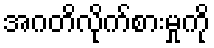
အဂတိလိုက်စားမှုကို